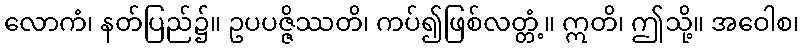
လောကံ၊ နတ်ပြည်၌။ ဥပပဇ္ဇိဿတိ၊ ကပ်၍ဖြစ်လတ္တံ့။ ဣတိ၊ ဤသို့။ အဝေါစ၊